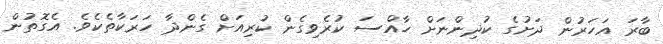
ބާރަ އަހަރުން ދަށުގެ ކުދިންނަށް ހާއްސަ ކުރެވިގެން ކުރިއަށް ގެންދާ ހަރަކާތެކެވެ. އެގޮތުން